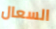
السعال